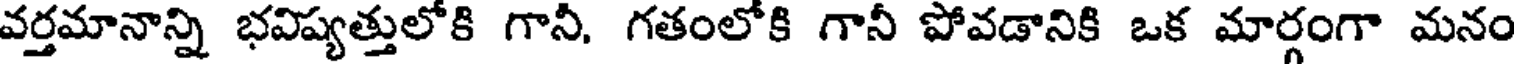
వర్తమానాన్ని భవిష్యత్తులోకి గానీ, గతంలోకి గానీ పోవడానికి ఒక మార్గంగా మనం